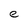
Character: e